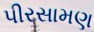
પીરસામણ